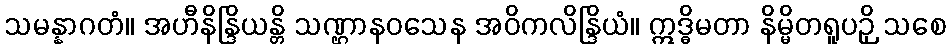
သမန္နာဂတံ။ အဟီနိန္ဒြိယန္တိ သဏ္ဌာနဝသေန အဝိကလိန္ဒြိယံ။ ဣဒ္ဓိမတာ နိမ္မိတရူပဉှိ သစေ